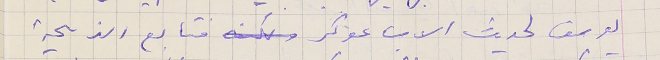
يوسف لحديث الاب عوكر فتابع الذبيحة